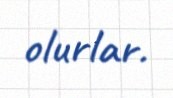
olurlar.